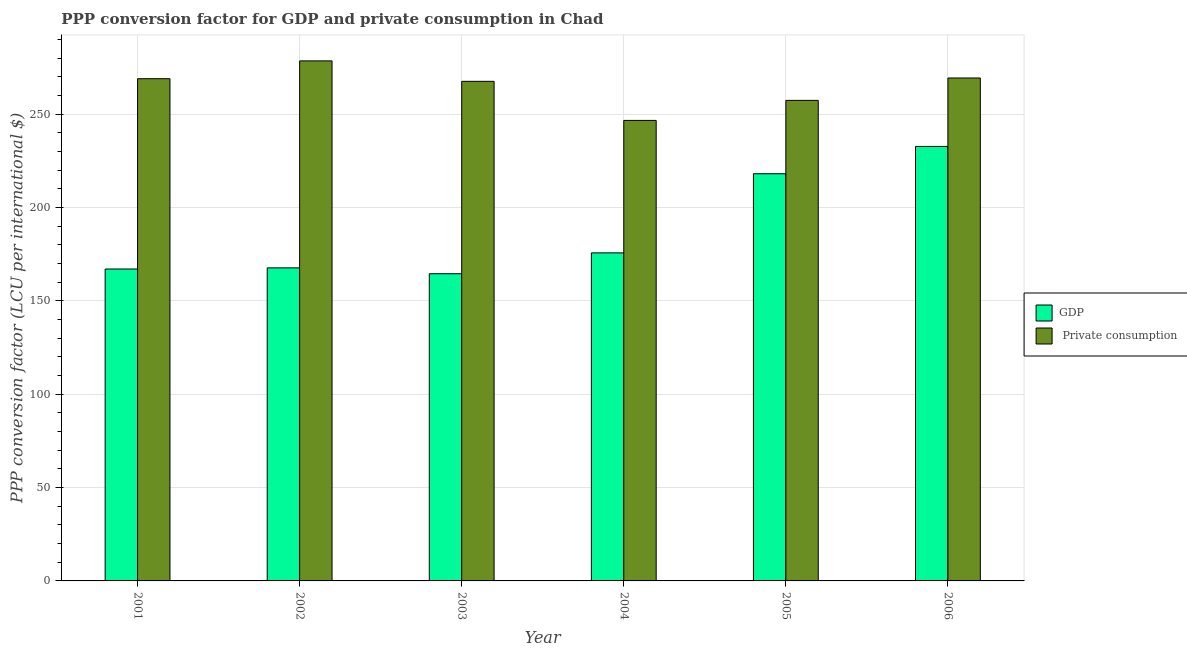
| Year | GDP |  Private consumption |
 | --- | --- | --- |
 | 2001 | 167 | 269 |
 | 2002 | 168 | 279 |
 | 2003 | 165 | 268 |
 | 2004 | 176 | 247 |
 | 2005 | 218 | 257 |
 | 2006 | 233 | 269 |